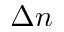
\Delta { n }